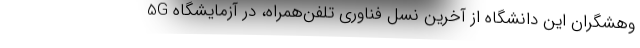
وهشگران این دانشگاه از آخرین نسل فناوری تلفن‌همراه، در آزمایشگاه 5G